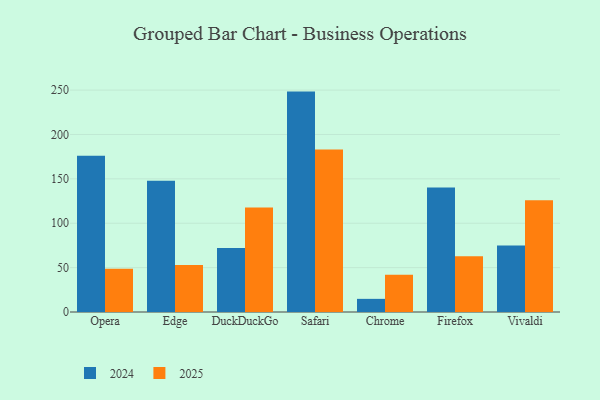
{"axis": {"x": "Browser", "y": "Website Visitors"}, "legend": ["2024", "2025"], "data": [{"x": "Opera", "y": 176.0, "type": "2024"}, {"x": "Opera", "y": 48.8, "type": "2025"}, {"x": "Edge", "y": 148.0, "type": "2024"}, {"x": "Edge", "y": 53.0, "type": "2025"}, {"x": "DuckDuckGo", "y": 72.1, "type": "2024"}, {"x": "DuckDuckGo", "y": 117.8, "type": "2025"}, {"x": "Safari", "y": 248.3, "type": "2024"}, {"x": "Safari", "y": 183.1, "type": "2025"}, {"x": "Chrome", "y": 14.8, "type": "2024"}, {"x": "Chrome", "y": 42.0, "type": "2025"}, {"x": "Firefox", "y": 140.3, "type": "2024"}, {"x": "Firefox", "y": 62.7, "type": "2025"}, {"x": "Vivaldi", "y": 74.9, "type": "2024"}, {"x": "Vivaldi", "y": 125.8, "type": "2025"}]}